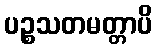
ပဉ္စသတမတ္တာပိ